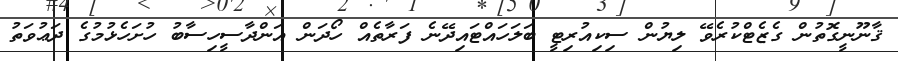
ޤާނޫނީގޮތުން ގެޒެޓްކުރެވޭ ލިޔުން ސިކިއުރިޓީ ބަލަހައްޓައިދޭނެ ފަރާތެއް ހޯދަން އަންދާސީހިސާބު ހުށަހެޅުމުގެ ދަޢުވަތު